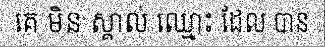
គេ មិន ស្គាល់ ឈ្មោះ ដែល បាន